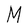
Character: M